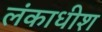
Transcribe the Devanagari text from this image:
लंकाधीश